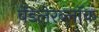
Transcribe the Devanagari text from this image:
बेंडलेरब्लॉक